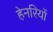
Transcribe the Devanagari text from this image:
हेनरियों